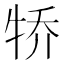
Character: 𪺭